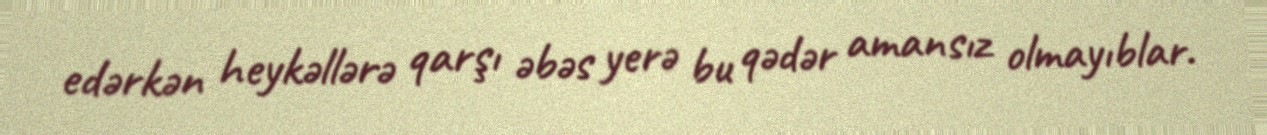
edərkən heykəllərə qarşı əbəs yerə bu qədər amansız olmayıblar.